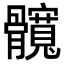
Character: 髖